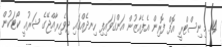
14. މިނިސްޓްރީ އޮފް ފޮރިން އެފެއާޒުން އަންގަވައިފި ހިނދެއްގައި ދިވެހިރާއްޖޭގެ ޝަރުޢީ ކޯޓަކުން